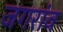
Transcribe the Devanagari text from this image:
जगरांव